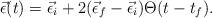
LaTeX: \begin{align*}\vec\epsilon(t)=\vec\epsilon_i+2(\vec\epsilon_f-\vec\epsilon_i)\Theta(t-t_f).\end{align*}